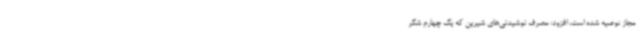
مجاز توصیه شده است، افزود: مصرف نوشیدنی‌های شیرین که یک چهارم شکر